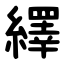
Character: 繹